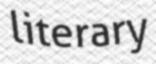
literary